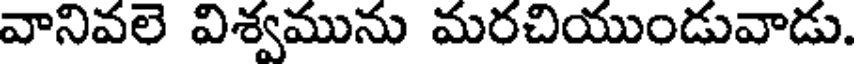
వానివలె విశ్వమును మరచియుండువాడు.